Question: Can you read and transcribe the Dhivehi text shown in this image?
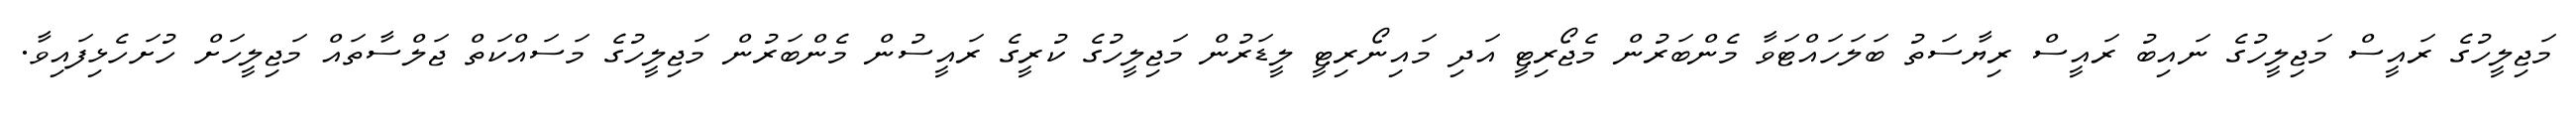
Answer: މަޖިލީހުގެ ރައީސް މަޖިލީހުގެ ނައިބު ރައީސް ރިޔާސަތު ބަލަހައްޓަވާ މެންބަރުން މެޖޯރިޓީ އަދި މައިނޯރިޓީ ލީޑަރުން މަޖިލީހުގެ ކުރީގެ ރައީސުން މެންބަރުން މަޖިލީހުގެ މަސައްކަތް ޖަލްސާތައް މަޖިލީހަށް ހުށަހެޅިފައިވާ.